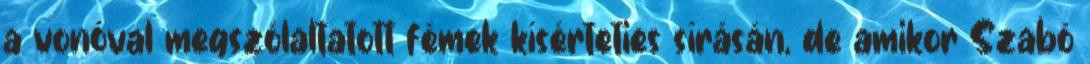
a vonóval megszólaltatott fémek kísérteties sírásán, de amikor Szabó